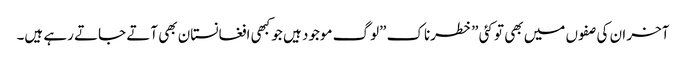
آخر ان کی صفوں میں بھی تو کئی \”خطرناک \”لوگ موجود ہیں جو کبھی افغانستان بھی آتے جاتے رہے ہیں۔